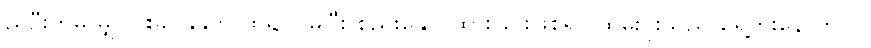
ညဦးကမှ မျှင်ဝါးခပ်နုနုကို ထု၍လိမ်ပြီး စည်းနှောင်ထားခြင်းဖြစ်ရာ ထမ်းပိုးသည် ရှေ့တိုးနောက်ငင်